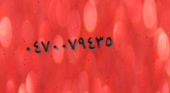
٠٤٧٠٠٧٩٤٣٥